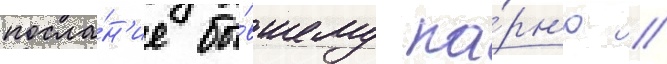
посла́н'ие бы́вшему па́рн'ю //